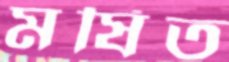
মর্ষিত